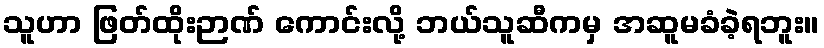
သူဟာ ဖြတ်ထိုးဉာဏ် ကောင်းလို့ ဘယ်သူဆီကမှ အဆူမခံခဲ့ရဘူး။